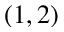
( 1 , 2 )